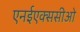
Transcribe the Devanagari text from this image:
एनईएक्ससीओ